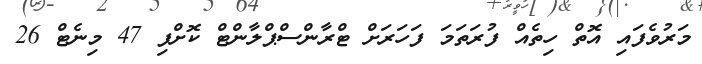
މަރުވެފައި އޮތް ހިތެއް ފުރަތަމަ ފަހަރަށް ޓްރާންސްޕްލާންޓް ކޮށްފި 47 މިނެޓް 26